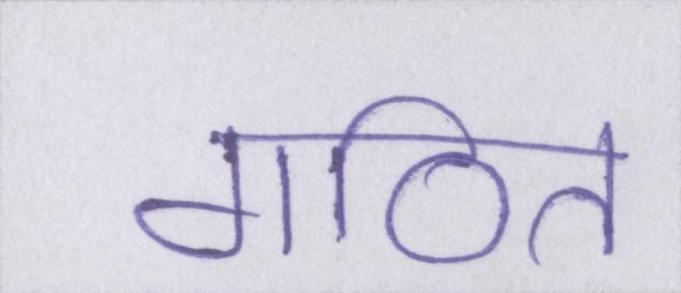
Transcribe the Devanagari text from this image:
गठित